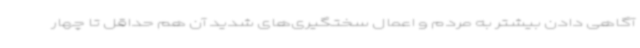
آگاهی دادن بیشتر به مردم و اعمال سختگیری‌های شدید آن هم حداقل تا چهار